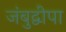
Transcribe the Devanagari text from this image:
जंबुद्वीपा